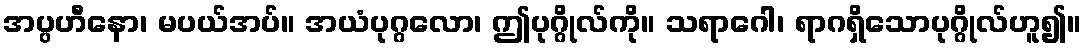
အပ္ပဟီနော၊ မပယ်အပ်။ အယံပုဂ္ဂလော၊ ဤပုဂ္ဂိုလ်ကို။ သရာဂေါ၊ ရာဂရှိသောပုဂ္ဂိုလ်ဟူ၍။